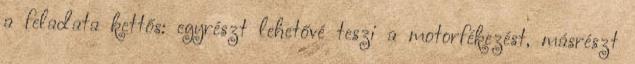
a feladata kettős: egyrészt lehetővé teszi a motorfékezést, másrészt